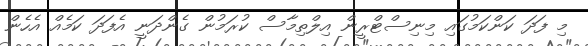
މި ފަދަ ކަންކަމުގައި މިނިސްޓްރީން އިލްތިމާސް ކުރަމުން ގެންދަނީ އެފަދަ ކަމެއް އެހެން